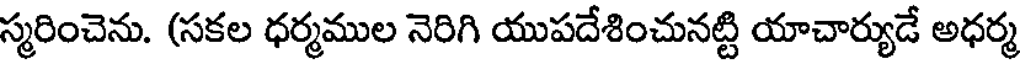
స్మరించెను. (సకల ధర్మముల నెరిగి యుపదేశించునట్టి యాచార్యుడే అధర్మ